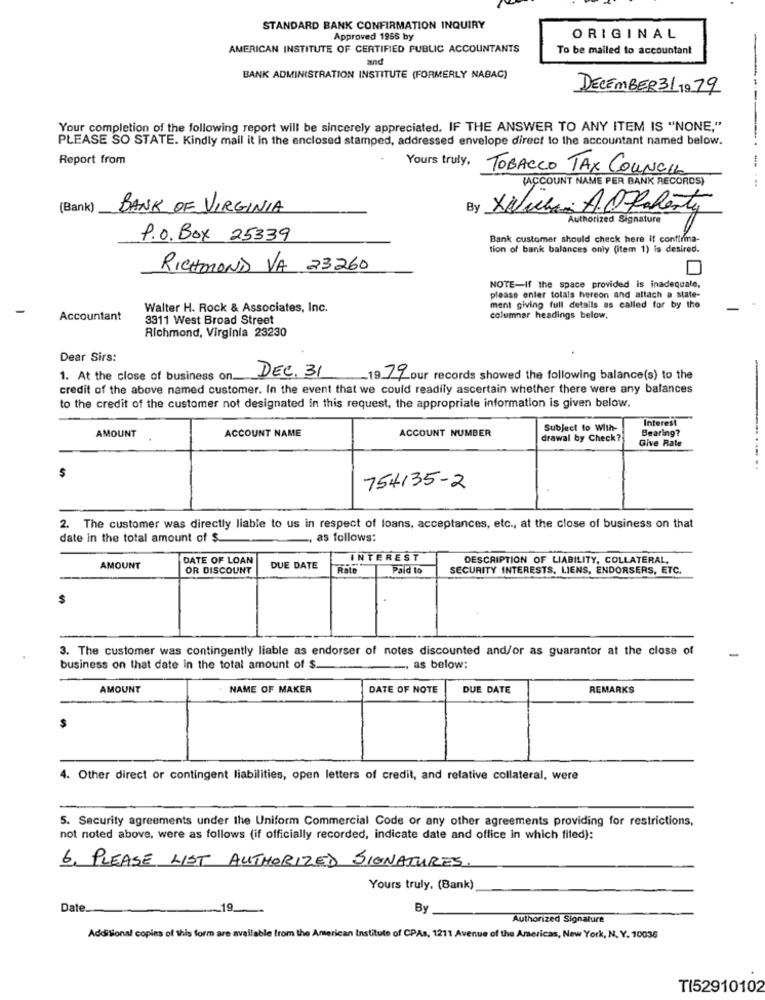
STANDARD BANK CONFIRMATION INQUIRY
Approved 1955 by
ORIGINAL
AMERICAN INSTITUTE OF CERTIFIED PUBLIC ACCOUNTANTS
To be mailed to accountant
and
BANK ADMINISTRATION INSTITUTE (FORMERLY NABAC)
DECEMBER31 19.79
Your completion of the following report will be sincerely appreciated. IF THE ANSWER TO ANY ITEM IS "NONE,"
PLEASE SO STATE. Kindly mail it in the enclosed stamped, addressed envelope direct to the accountant named below.
Report from
Yours truly,
TOBACCO TAX COUNCIL
(ACCOUNT NAME PER BANK RECORDS)
(Bank)
BANK OF VIRGINIA
By
Xavier A. Flaherty
Authorized Signature
P.O. Box 25339
Bank customer should check here if confirmna-
tion of bank balances only (item 1) is desired.
RICHMOND VA 23260
NOTE-If the space provided is inadequate,
please enter totals hereon and attach a state-
Walter H. Rock & Associates, Inc.
ment giving full details as called for by the
Accountant
3311 West Broad Street
columnar headings below.
Richmond, Virginia 23230
Dear Sirs:
1. At the close of business on.
DEC. 31
.19 77 our records showed the following balance(s) to the
credit of the above named customer. In the event that we could readily ascertain whether there were any balances
to the credit of the customer not designated in this request, the appropriate information is given below.
Interest
AMOUNT
ACCOUNT NUMBER
Subject to With-
Bearing?
ACCOUNT NAME
drawal by Check?
Give Rate
754135-2
2. The customer was directly liable to us in respect of loans, acceptances, etc ., at the close of business on that
date in the total amount of $
as follows:
DATE OF LOAN
INTEREST
DESCRIPTION OF LIABILITY, COLLATERAL,
AMOUNT
OR DISCOUNT
DUE DATE
Rate
Paid to
SECURITY INTERESTS, LIENS, ENDORSERS, ETC.
3. The customer was contingently liable as endorser of notes discounted and/or as guarantor at the close of
-
business on that date in the total amount of $.
--, as below:
AMOUNT
NAME OF MAKER
DATE OF NOTE
DUE DATE
REMARKS
4. Other direct or contingent liabilities, open letters of credit, and relative collateral, were
5. Security agreements under the Uniform Commercial Code or any other agreements providing for restrictions,
not noted above, were as follows (if officially recorded, indicate date and office in which filed):
6. PLEASE LIST AUTHORIZED SIGNATURES.
Yours truly, (Bank)
Date
.19
By
Authorized Signature
Additional copies of this form are available from the American Institute of CPAs, 1211 Avenue of the Americas, New York, N. Y. 10036
TI52910102